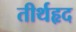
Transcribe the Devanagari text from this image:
तीर्थहृद